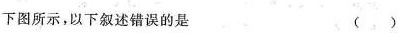
下图所示，以下叙述错误的是 ()